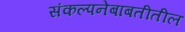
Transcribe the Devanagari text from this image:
संकल्पनेबाबतीतील